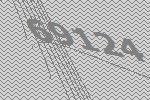
69124